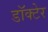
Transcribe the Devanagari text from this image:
डॉक्टेर